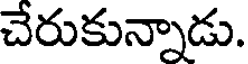
చేరుకున్నాడు.